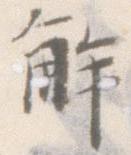
解